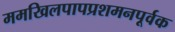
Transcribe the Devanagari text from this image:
ममखिलपापप्रशमनपूर्वक